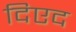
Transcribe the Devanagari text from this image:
दिएद